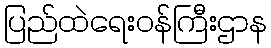
ပြည်ထဲရေးဝန်ကြီးဌာန